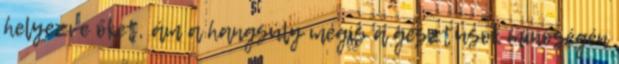
helyezve őket, ám a hangsúly mégis a gesztusok minőségén